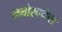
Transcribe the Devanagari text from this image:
मनोरचनेवर